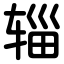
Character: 辎